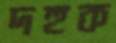
দহুক